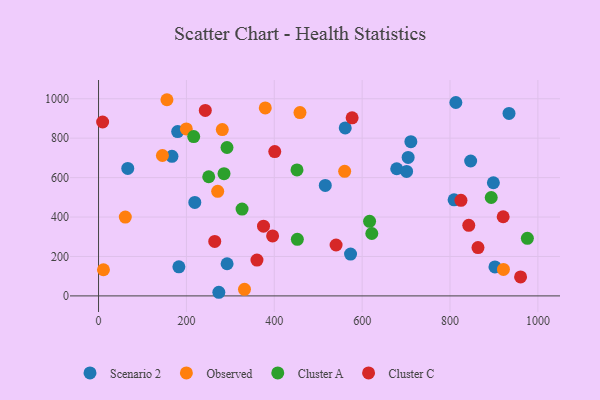
{"axis": {"x": "Investment", "y": "Rating"}, "legend": ["Cluster A", "Cluster C", "Observed", "Scenario 2"], "data": [{"x": "710.9", "y": 782.3, "type": "Scenario 2"}, {"x": "182.9", "y": 147.4, "type": "Scenario 2"}, {"x": "292.6", "y": 163.0, "type": "Scenario 2"}, {"x": "847.0", "y": 684.3, "type": "Scenario 2"}, {"x": "678.7", "y": 644.8, "type": "Scenario 2"}, {"x": "809.3", "y": 487.2, "type": "Scenario 2"}, {"x": "167.1", "y": 707.7, "type": "Scenario 2"}, {"x": "561.5", "y": 852.1, "type": "Scenario 2"}, {"x": "573.6", "y": 212.0, "type": "Scenario 2"}, {"x": "898.7", "y": 574.0, "type": "Scenario 2"}, {"x": "934.3", "y": 925.4, "type": "Scenario 2"}, {"x": "813.3", "y": 981.0, "type": "Scenario 2"}, {"x": "66.5", "y": 646.4, "type": "Scenario 2"}, {"x": "219.1", "y": 474.2, "type": "Scenario 2"}, {"x": "180.1", "y": 833.6, "type": "Scenario 2"}, {"x": "902.3", "y": 146.8, "type": "Scenario 2"}, {"x": "516.1", "y": 560.4, "type": "Scenario 2"}, {"x": "273.8", "y": 18.4, "type": "Scenario 2"}, {"x": "701.2", "y": 631.3, "type": "Scenario 2"}, {"x": "704.7", "y": 702.1, "type": "Scenario 2"}, {"x": "332.2", "y": 33.6, "type": "Observed"}, {"x": "458.5", "y": 929.6, "type": "Observed"}, {"x": "921.6", "y": 134.3, "type": "Observed"}, {"x": "271.2", "y": 530.5, "type": "Observed"}, {"x": "145.4", "y": 712.1, "type": "Observed"}, {"x": "560.2", "y": 632.0, "type": "Observed"}, {"x": "281.7", "y": 843.8, "type": "Observed"}, {"x": "379.5", "y": 953.5, "type": "Observed"}, {"x": "155.7", "y": 995.0, "type": "Observed"}, {"x": "11.2", "y": 132.6, "type": "Observed"}, {"x": "199.8", "y": 846.9, "type": "Observed"}, {"x": "60.9", "y": 399.9, "type": "Observed"}, {"x": "976.1", "y": 291.9, "type": "Cluster A"}, {"x": "292.4", "y": 752.7, "type": "Cluster A"}, {"x": "216.6", "y": 808.3, "type": "Cluster A"}, {"x": "285.6", "y": 620.1, "type": "Cluster A"}, {"x": "622.0", "y": 316.6, "type": "Cluster A"}, {"x": "250.8", "y": 604.3, "type": "Cluster A"}, {"x": "326.7", "y": 440.3, "type": "Cluster A"}, {"x": "452.5", "y": 287.2, "type": "Cluster A"}, {"x": "451.7", "y": 639.0, "type": "Cluster A"}, {"x": "893.8", "y": 499.0, "type": "Cluster A"}, {"x": "616.9", "y": 378.0, "type": "Cluster A"}, {"x": "921.0", "y": 401.5, "type": "Cluster C"}, {"x": "842.7", "y": 358.2, "type": "Cluster C"}, {"x": "960.6", "y": 96.2, "type": "Cluster C"}, {"x": "577.2", "y": 903.1, "type": "Cluster C"}, {"x": "540.7", "y": 258.1, "type": "Cluster C"}, {"x": "9.3", "y": 882.0, "type": "Cluster C"}, {"x": "243.0", "y": 940.5, "type": "Cluster C"}, {"x": "401.1", "y": 732.0, "type": "Cluster C"}, {"x": "824.9", "y": 485.0, "type": "Cluster C"}, {"x": "360.6", "y": 181.9, "type": "Cluster C"}, {"x": "863.7", "y": 245.0, "type": "Cluster C"}, {"x": "264.5", "y": 276.1, "type": "Cluster C"}, {"x": "375.5", "y": 353.7, "type": "Cluster C"}, {"x": "396.2", "y": 304.4, "type": "Cluster C"}]}